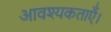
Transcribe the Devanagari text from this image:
आवश्यकताएँ।